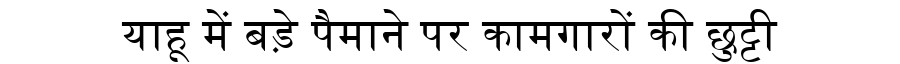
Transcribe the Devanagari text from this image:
याहू में बड़े पैमाने पर कामगारों की छुट्टी